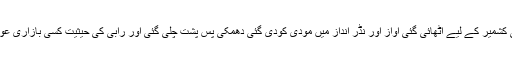
دیکھتے ہی دیکھتے اس کی کشمیر کے لیے اٹھائی گئی آواز اور نڈر انداز میں مودی کودی گئی دھمکی پسِ پُشت چلی گئی اور رابی کی حیثیت کسی بازاری عورت کی حیثیت جتنی ہوگئی۔